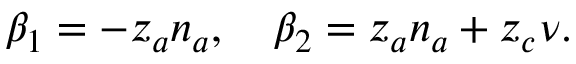
\beta _ { 1 } = - z _ { a } n _ { a } , \quad \beta _ { 2 } = z _ { a } n _ { a } + z _ { c } \nu .